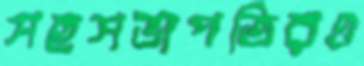
সহসভাপতিরও